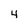
Character: 4